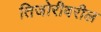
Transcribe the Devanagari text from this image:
तिजोरीवरील